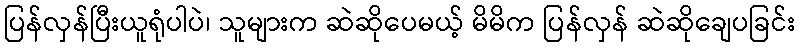
ပြန်လှန်ပြီးယူရုံပါပဲ၊ သူများက ဆဲဆိုပေမယ့် မိမိက ပြန်လှန် ဆဲဆိုချေပခြင်း